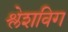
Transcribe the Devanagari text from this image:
श्लेशविग